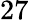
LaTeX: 27